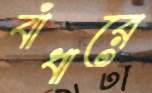
বাঁধারে